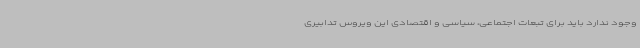
وجود ندارد باید برای تبعات اجتماعی، سیاسی و اقتصادی این ویروس تدابیری